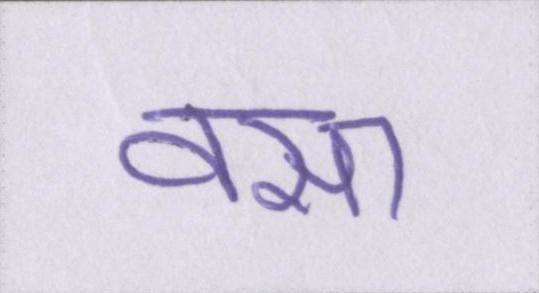
वसा